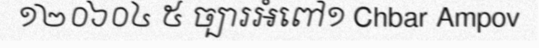
១២០៦០៤ ៥ ច្បារអំពៅ១ Chbar Ampov